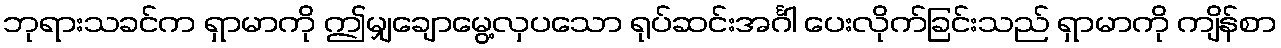
ဘုရားသခင်က ရှာမာကို ဤမျှချောမွေ့လှပသော ရုပ်ဆင်းအင်္ဂါ ပေးလိုက်ခြင်းသည် ရှာမာကို ကျိန်စာ